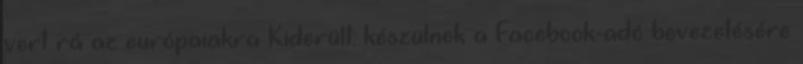
vert rá az európaiakra Kiderült: készülnek a Facebook-adó bevezetésére